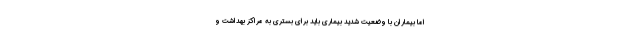
اما بیماران با وضعیت شدید بیماری باید برای بستری به مراکز بهداشت و